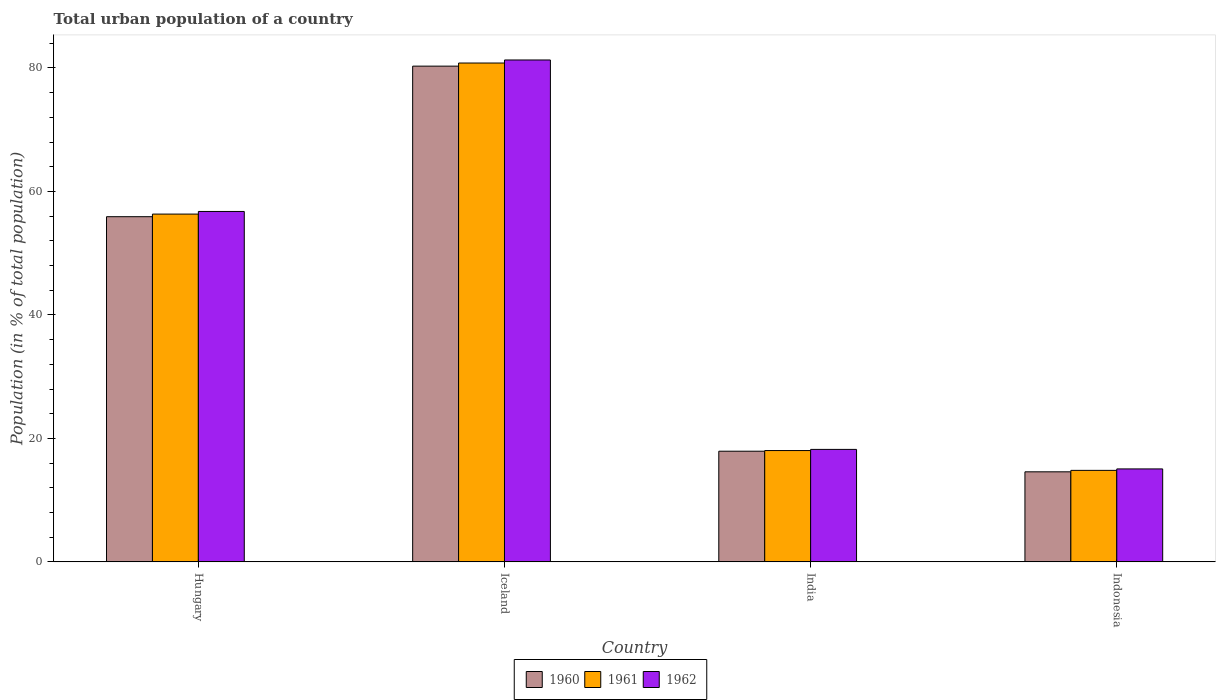
| Country | 1960 | 1961 | 1962 |
 | --- | --- | --- | --- |
 | Hungary | 55.9 | 56.3 | 56.8 |
 | Iceland | 80.3 | 80.8 | 81.3 |
 | India | 17.9 | 18 | 18.2 |
 | Indonesia | 14.6 | 14.8 | 15.1 |